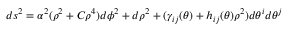
d s ^ { 2 } = \alpha ^ { 2 } ( \rho ^ { 2 } + C \rho ^ { 4 } ) d \phi ^ { 2 } + d \rho ^ { 2 } + ( \gamma _ { i j } ( \theta ) + h _ { i j } ( \theta ) \rho ^ { 2 } ) d \theta ^ { i } d \theta ^ { j }